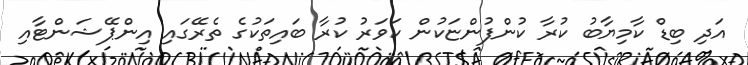
އަދި ބިޑް ކާމިޔާބު ކުރާ ކުންފުންޏަކުން ކަވަރު ކުރާ ބައިތަކުގެ ތެރޭގައި އިންޕޭޝަންޓާއި